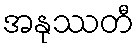
အနုဿတီ